Annual report of the Punjab Veterinary College and of the Civil Veterinary Department, Punjab - 1926-1932
Year: 1926
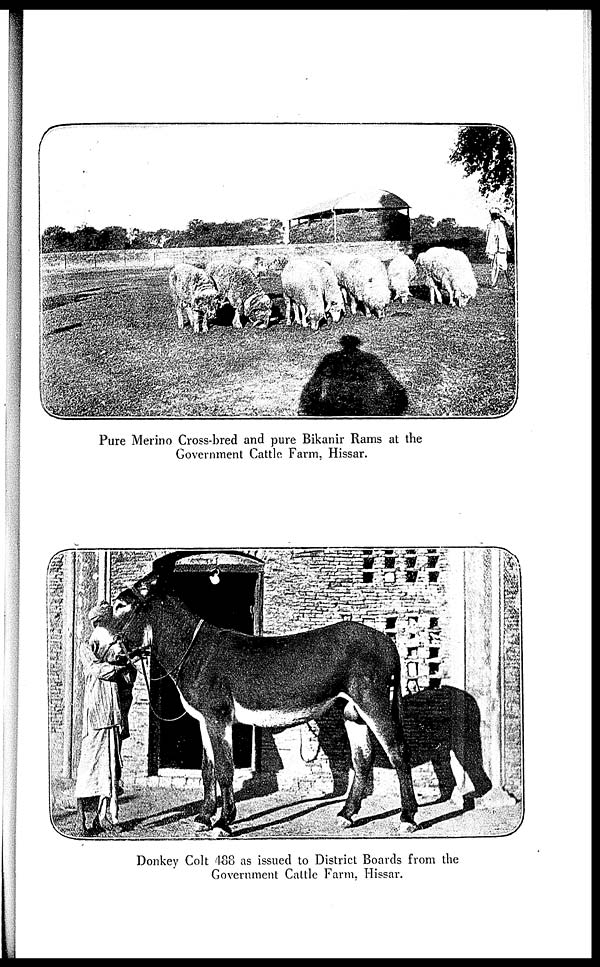
Pure Merino Cross-bred and pure Bikanir Rams at the
Government Cattle Farm, Hissar.
Donkey Colt 488 as issued to District Boards from the
Government Cattle Farm, Hissar.